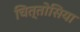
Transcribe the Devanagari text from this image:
चित्तोसिया